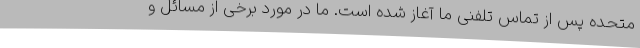
متحده پس از تماس تلفنی ما آغاز شده است. ما در مورد برخی از مسائل و